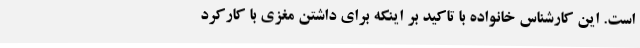
است. این کارشناس خانواده با تاکید بر اینکه برای داشتن مغزی با کارکرد